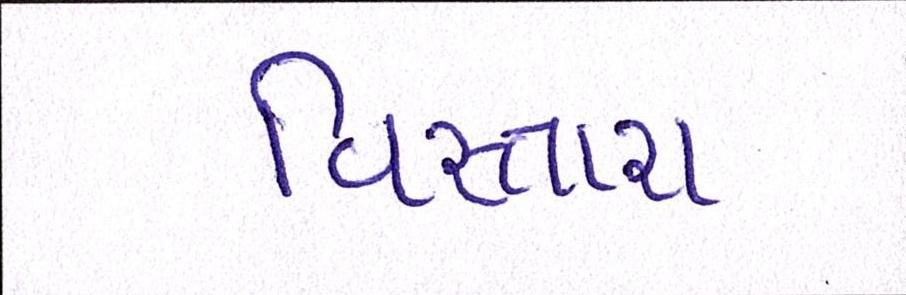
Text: વિસ્તારા